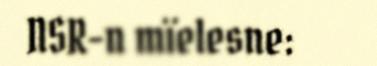
NSR-n mïelesne: